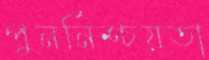
পুনর্নিশ্চয়তা